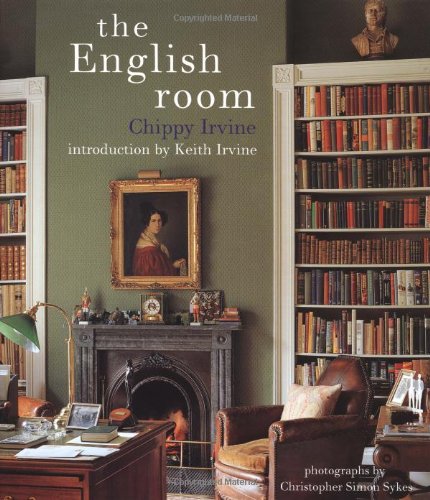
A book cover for The English Room; Chippy Irvine; Arts & Photography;